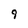
Character: 9